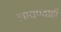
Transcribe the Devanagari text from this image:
लावण्याही